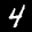
Label: 4